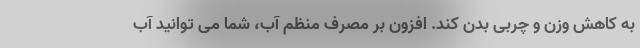
به کاهش وزن و چربی بدن کند. افزون بر مصرف منظم آب، شما می توانید آب